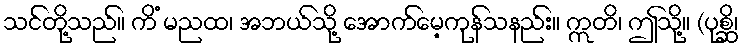
သင်တို့သည်။ ကိံ မညထ၊ အဘယ်သို့ အောက်မေ့ကုန်သနည်း။ ဣတိ၊ ဤသို့။ (ပုစ္ဆိ၊